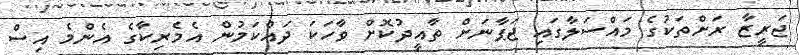
ޖަރީޒާ ރަށްތަކުގެ މައްސަލާގައި ޖަޕާނަށް ތާއީދުކޮށް ވާހަކަ ދައްކަމުން އެމެރިކާގެ އެންމެ އިސް